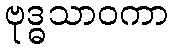
ဗုဒ္ဓသာဝကာ